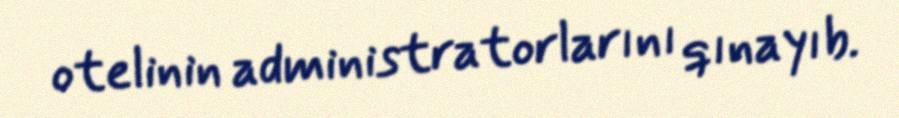
otelinin administratorlarını qınayıb.